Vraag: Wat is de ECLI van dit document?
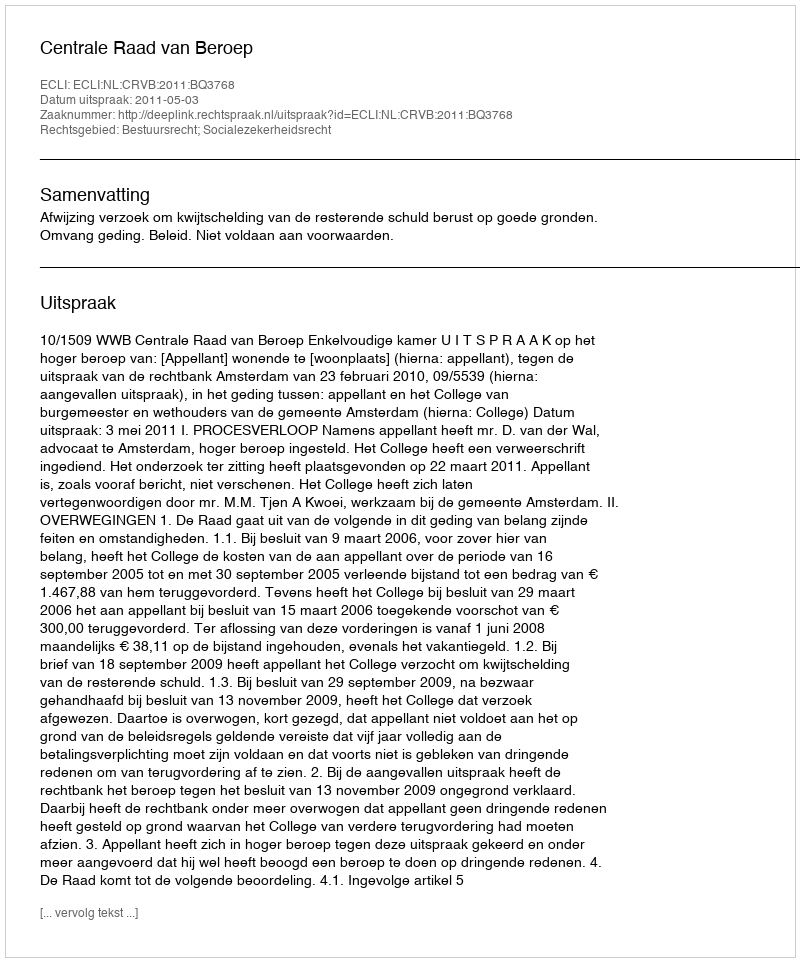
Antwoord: ECLI:NL:CRVB:2011:BQ3768